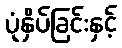
ပုံနှိပ်ခြင်းနှင့်